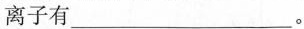
离子有___。